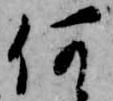
何